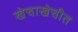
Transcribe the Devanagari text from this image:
खेचाखेचीत